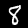
Label: 8